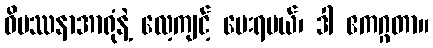
ဝိပဿနာအာရုံနဲ့ လေ့ကျင့် ပေးရမယ်၊ ဒါ ဧကဂ္ဂတာ။